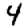
Digit: 4